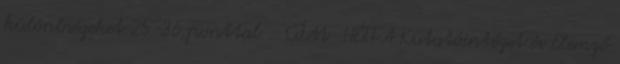
különbségeket 25-36 ponttal . CÍM HÉTFA Kutatóintézet és Elemző